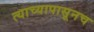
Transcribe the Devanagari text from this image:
त्याच्यापासूनच